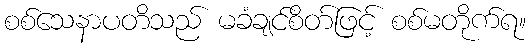
စစ်သေနာပတိသည် မခံချင်စိတ်ဖြင့် စစ်မတိုက်ရ။